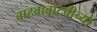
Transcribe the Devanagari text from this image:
बाटवाबाटवीच्या